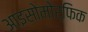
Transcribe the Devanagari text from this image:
आइसोमोर्फिक